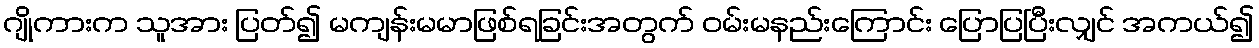
ဂျိုကားက သူအား ပြတ်၍ မကျန်းမမာဖြစ်ရခြင်းအတွက် ဝမ်းမနည်းကြောင်း ပြောပြပြီးလျှင် အကယ်၍